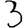
Digit: 3